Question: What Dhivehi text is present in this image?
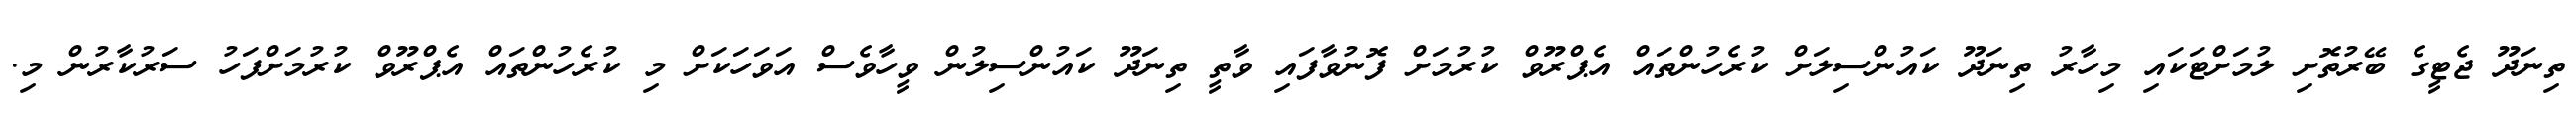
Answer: ތިނަދޫ ޖެޓީގެ ބޭރުތޮށި ލުމަށްޓަކައި މިހާރު ތިނަދޫ ކައުންސިލަށް ކުރެހުންތައް އެޕްރޫވް ކުރުމަށް ފޮނުވާފައި ވާތީ ތިނަދޫ ކައުންސިލުން ވީހާވެސް އަވަހަކަށް މި ކުރެހުންތައް އެޕްރޫވް ކުރުމަށްފަހު ސަރުކާރުން މި.